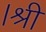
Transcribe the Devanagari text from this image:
।श्री